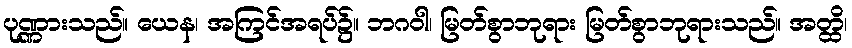
ပုဏ္ဏားသည်။ ယေန၊ အကြင်အရပ်၌။ ဘဂဝါ၊ မြတ်စွာဘုရား မြတ်စွာဘုရားသည်။ အတ္ထိ၊